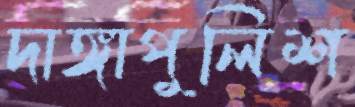
দাঙ্গাপুলিশ